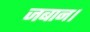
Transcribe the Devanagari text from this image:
जबान।